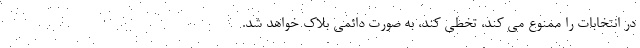
در انتخابات را ممنوع می کند، تخطی کند، به صورت دائمی بلاک خواهد شد.